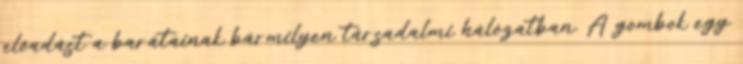
előadást a barátainak bármilyen társadalmi hálózatban. A gombok egy